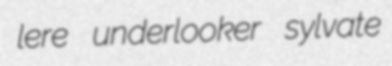
lere underlooker sylvate